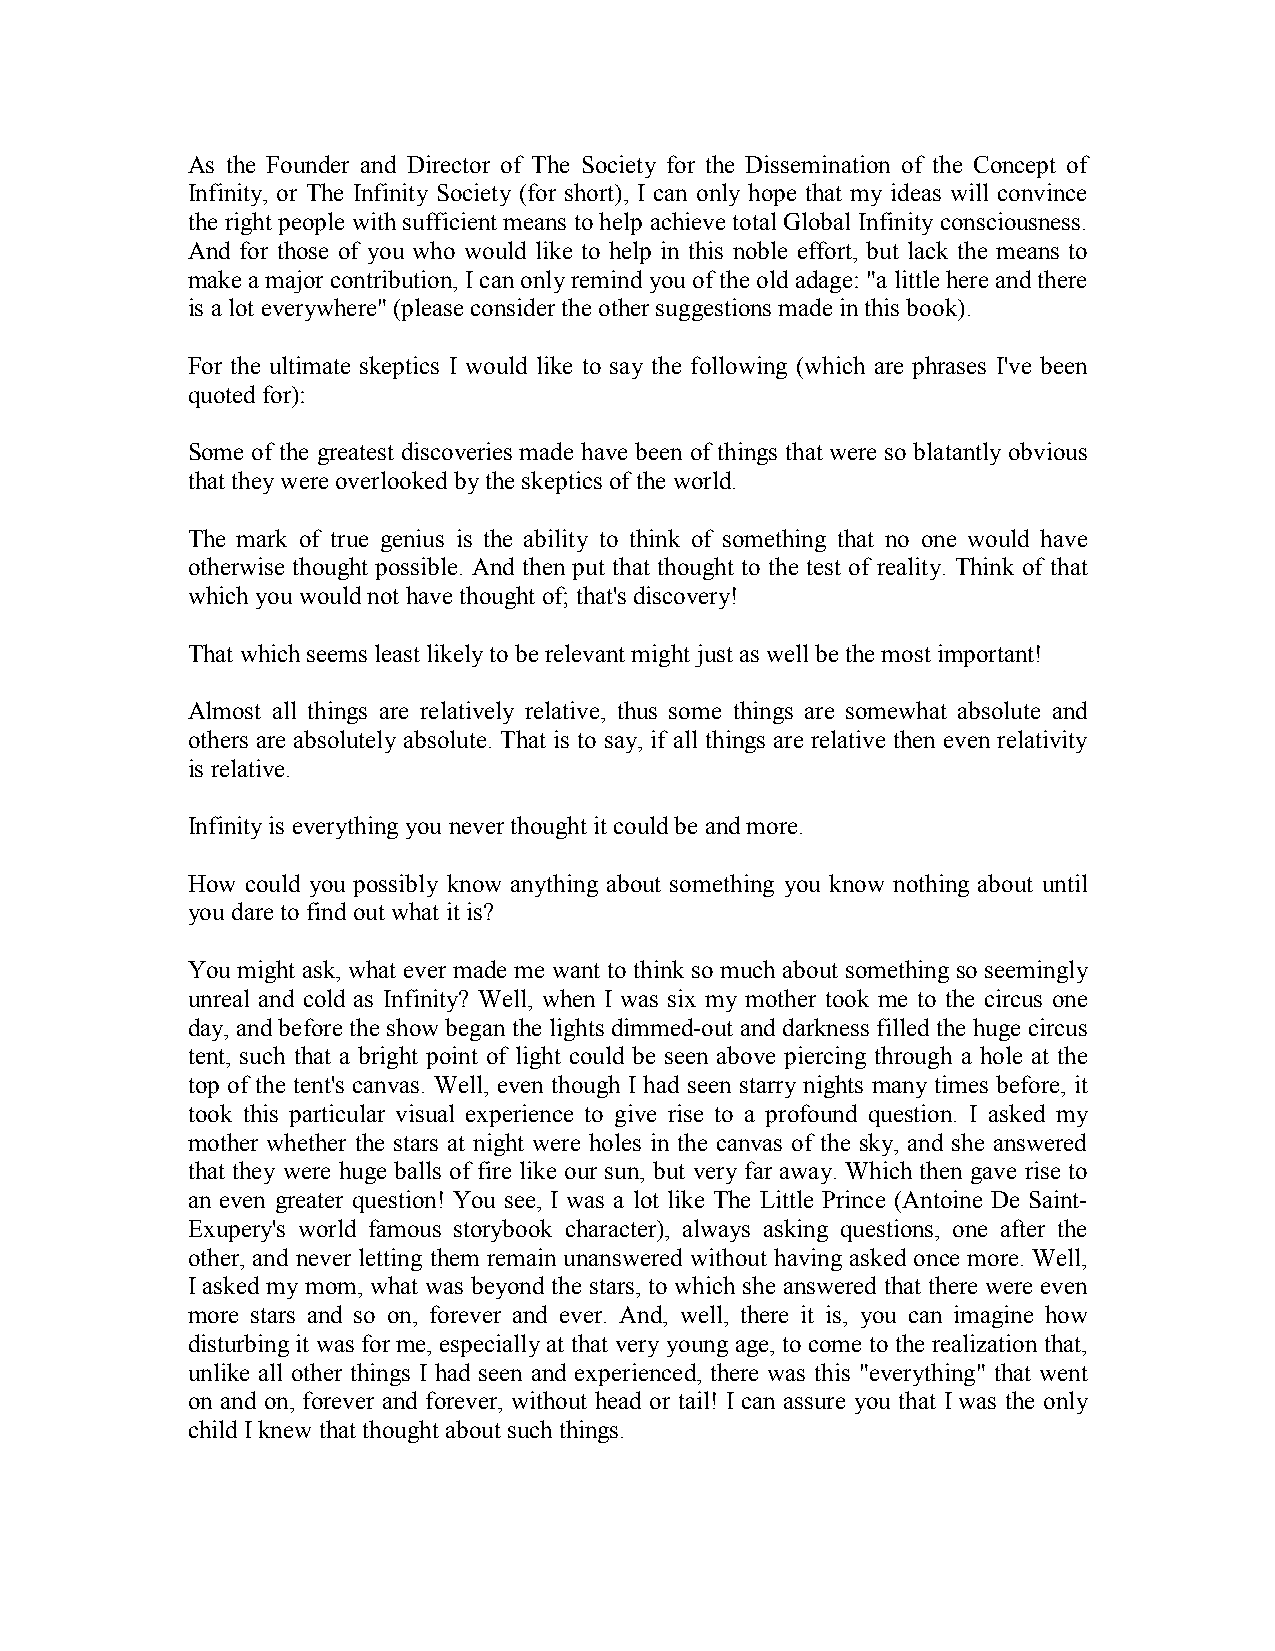
As the Founder and Director of The Society for the Dissemination of the Concept of
 Infinity, or The Infinity Society (for short), I can only hope that my ideas will convince
 the right people with sufficient means to help achieve total Global Infinity consciousness.
 And for those of you who would like to help in this noble effort, but lack the means to
 make a major contribution, I can only remind you of the old adage: "a little here and there
 is a lot everywhere" (please consider the other suggestions made in this book).
 For the ultimate skeptics I would like to say the following (which are phrases I've been
 quoted for):
 Some of the greatest discoveries made have been of things that were so blatantly obvious
 that they were overlooked by the skeptics of the world.
 The mark of true genius is the ability to think of something that no one would have
 otherwise thought possible. And then put that thought to the test of reality. Think of that
 which you would not have thought of; that's discovery!
 That which seems least likely to be relevant might just as well be the most important!
 Almost all things are relatively relative, thus some things are somewhat absolute and
 others are absolutely absolute. That is to say, if all things are relative then even relativity
 is relative.
 Infinity is everything you never thought it could be and more.
 How could you possibly know anything about something you know nothing about until
 you dare to find out what it is?
 You might ask, what ever made me want to think so much about something so seemingly
 unreal and cold as Infinity? Well, when I was six my mother took me to the circus one
 day, and before the show began the lights dimmed-out and darkness filled the huge circus
 tent, such that a bright point of light could be seen above piercing through a hole at the
 top of the tent's canvas. Well, even though I had seen starry nights many times before, it
 took this particular visual experience to give rise to a profound question. I asked my
 mother whether the stars at night were holes in the canvas of the sky, and she answered
 that they were huge balls of fire like our sun, but very far away. Which then gave rise to
 an even greater question! You see, I was a lot like The Little Prince (Antoine De Saint-
 Exupery's world famous storybook character), always asking questions, one after the
 other, and never letting them remain unanswered without having asked once more. Well,
 I asked my mom, what was beyond the stars, to which she answered that there were even
 more stars and so on, forever and ever. And, well, there it is, you can imagine how
 disturbing it was for me, especially at that very young age, to come to the realization that,
 unlike all other things I had seen and experienced, there was this "everything" that went
 on and on, forever and forever, without head or tail! I can assure you that I was the only
 child I knew that thought about such things.